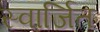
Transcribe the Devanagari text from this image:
स्वार्जित